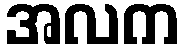
အလက